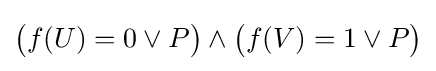
{\big (}f(U)=0\lor P{\big )}\land {\big (}f(V)=1\lor P{\big )}